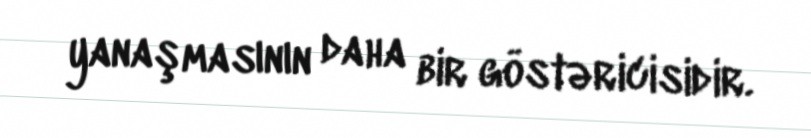
yanaşmasının daha bir göstəricisidir.